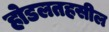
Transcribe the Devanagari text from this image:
होडलतहसील